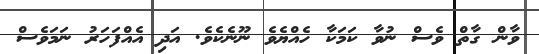
ވާން ގާތް ވެސް ނުވާ ކަމަކާ ހެއްޔެވެ ނޫނެކެވެ. އަދި އެއްފަހަރު ނަމަވެސް